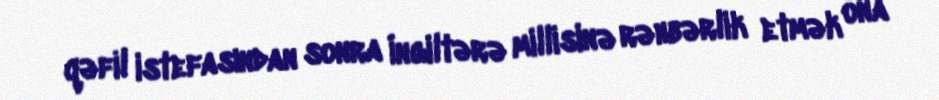
qəfil istefasından sonra İngiltərə millisinə rəhbərlik etmək ona